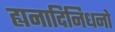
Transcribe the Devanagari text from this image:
ह्यनादिनिधनो